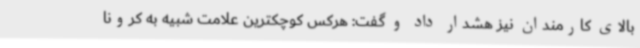
بالای کارمندان نیز هشدار داد و گفت: هرکس کوچکترین علامت شبیه به کرونا